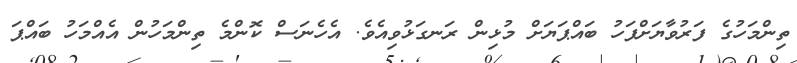
ތިންމަހުގެ ފަރުވާޔަށްފަހު ބައްޕަޔަށް މުޅިން ރަނގަޅުވިއެވެ. އެހެނަސް ކޮންމެ ތިންމަހުން އެއްމަހު ބައްޕަ